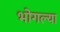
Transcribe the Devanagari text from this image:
भोगल्या